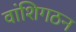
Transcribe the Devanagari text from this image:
वांशिगठन